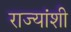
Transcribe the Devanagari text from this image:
राज्‍यांशी